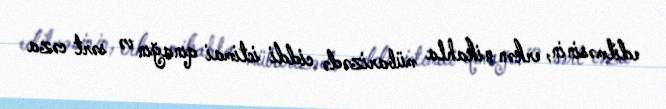
edilməsinin, erkən nikahla mübarizədə ciddi ictimai qınağın və sərt cəza